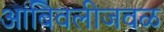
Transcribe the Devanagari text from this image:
आंबिवलीजवळ